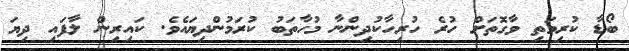
ބޯޑާ ކުރިމަތި ވާގޮތަށް ހުރެ ހުރިހާކުދިންނާ މުހާތަބު ކުރަމުންދިޔައެވެ. ކައިރިން ލާފައި ދިޔަ